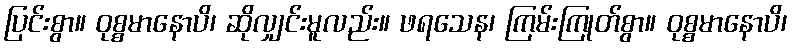
ပြင်းစွာ။ ဝုစ္စမာနောပိ၊ ဆိုလျှင်းမူလည်း။ ဖရသေန၊ ကြမ်းကြုတ်စွာ။ ဝုစ္စမာနောပိ၊